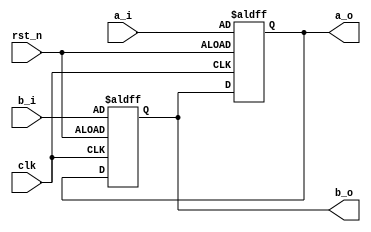
module blocking (
		clk,
		rst_n,
		a_i,
		b_i,
		a_o,
		b_o
	);
input clk;
input rst_n;
input a_i, b_i;
output a_o, b_o;

reg a, b;

assign a_o = a;
assign b_o = b;

always @(posedge clk or negedge rst_n) begin
    if (~rst_n) begin
		a <= a_i;
		b <= b_i;
    end
    else begin
		a <= b;
		b <= a;
    end
end

endmodule